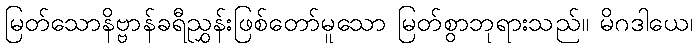
မြတ်သောနိဗ္ဗာန်ခရီညွှန်းဖြစ်တော်မူသော မြတ်စွာဘုရားသည်။ မိဂဒါယေ၊